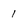
Character: i